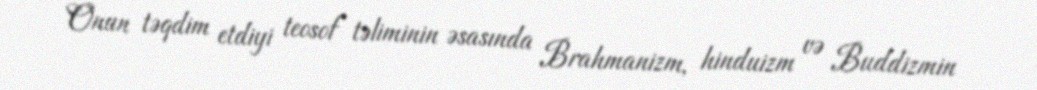
Onun təqdim etdiyi teosof təliminin əsasında Brahmanizm, hinduizm və Buddizmin